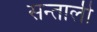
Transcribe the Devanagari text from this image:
सन्ताली